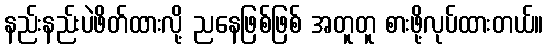
နည်းနည်းပဲဖိတ်ထားလို့ ညနေဖြစ်ဖြစ် အတူတူ စားဖို့လုပ်ထားတယ်။